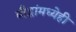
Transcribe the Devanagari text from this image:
बौद्धांमध्येही